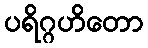
ပရိဂ္ဂဟိတော